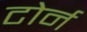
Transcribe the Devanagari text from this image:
टोर्न